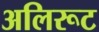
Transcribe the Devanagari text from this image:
अलिरूट